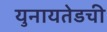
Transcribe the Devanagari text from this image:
युनायतेडची